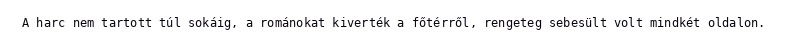
A harc nem tartott túl sokáig, a románokat kiverték a főtérről, rengeteg sebesült volt mindkét oldalon.